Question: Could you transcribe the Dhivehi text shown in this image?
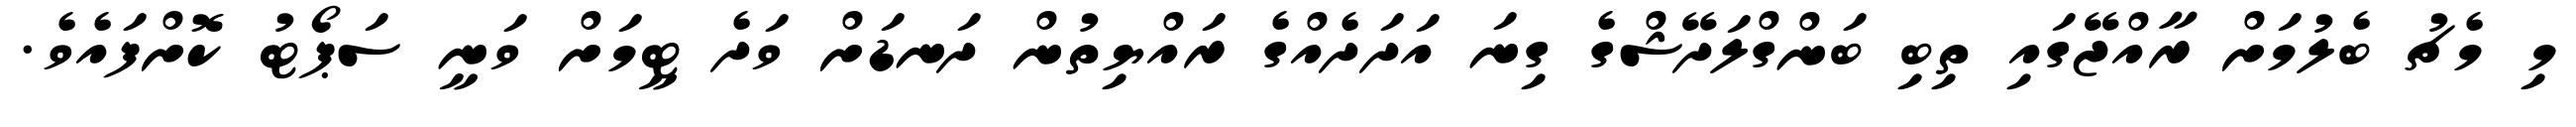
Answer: މި މެޗު ބެލުމަށް ރާއްޖޭގައި ތިބި ބަންގްލަދޭޝްގެ ގިނަ އަދަދެއްގެ ރައްޔިތުން ދަނޑަށް ވަދެ ޓީމަށް ވަނީ ސަޕޯޓު ކޮށްފައެވެ.